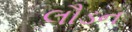
લૌડન